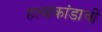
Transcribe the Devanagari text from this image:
हत्याकांडाची